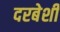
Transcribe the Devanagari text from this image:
दरबेशी